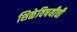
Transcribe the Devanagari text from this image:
शिळेविषयीची